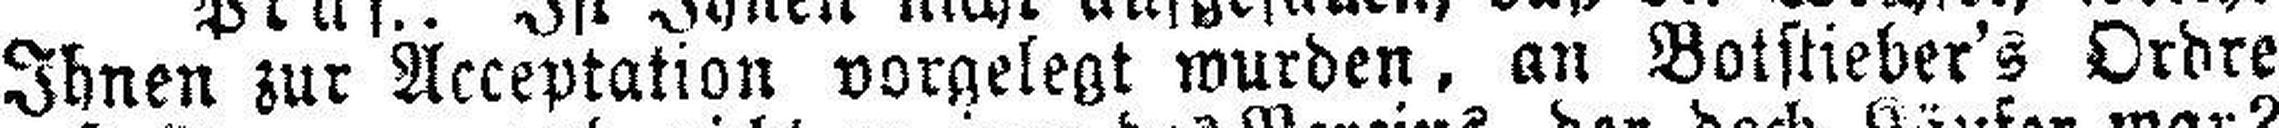
Ihnen zur Acceptation vorgelegt wurden, an Botstieber's Ordre